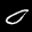
Label: 0